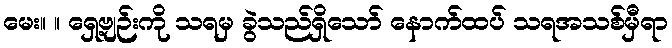
မေး။ ။ ရှေ့ဗျဉ်းကို သရမှ ခွဲသည်ရှိသော် နောက်ထပ် သရအသစ်မှီရာ